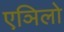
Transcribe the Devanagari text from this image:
एञिलो